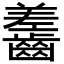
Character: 齹